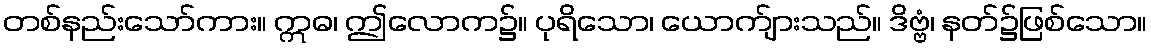
တစ်နည်းသော်ကား။ ဣဓ၊ ဤလောက၌။ ပုရိသော၊ ယောက်ျားသည်။ ဒိဗ္ဗံ၊ နတ်၌ဖြစ်သော။